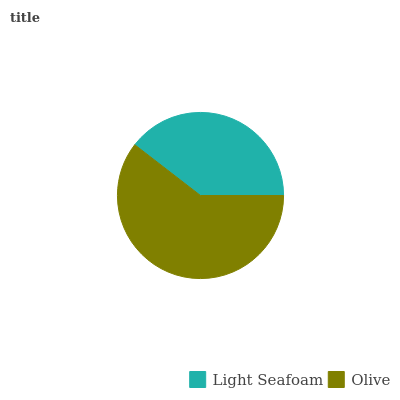
| Light Seafoam | Olive |
 | --- | --- |
 | 39.5% | 60.5% |